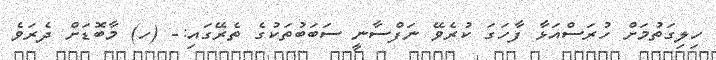
ހިލިގަތުމަށް ހުރަސްއަޅާ ފާހަގަ ކުރެވޭ ނަފްސާނީ ސަބަބުތަކުގެ ތެރޭގައި:- (ހ) މާބޮޑަށް ދެރަވެ